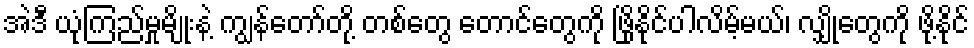
အဲဒီ ယုံကြည်မှုမျိုးနဲ့ ကျွန်တော်တို့ တစ်တွေ တောင်တွေကို ဖြိုနိုင်ပါလိမ့်မယ်၊ လျှိုတွေကို ဖို့နိုင်